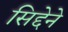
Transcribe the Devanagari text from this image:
सिद्देने